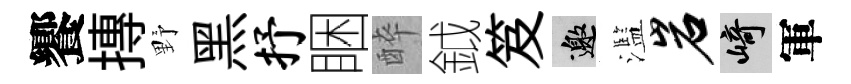
饗摶野黑抒睏醉鉞笈邀濫岩崎軍